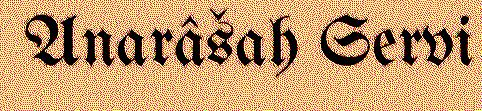
Anarâšah Servi